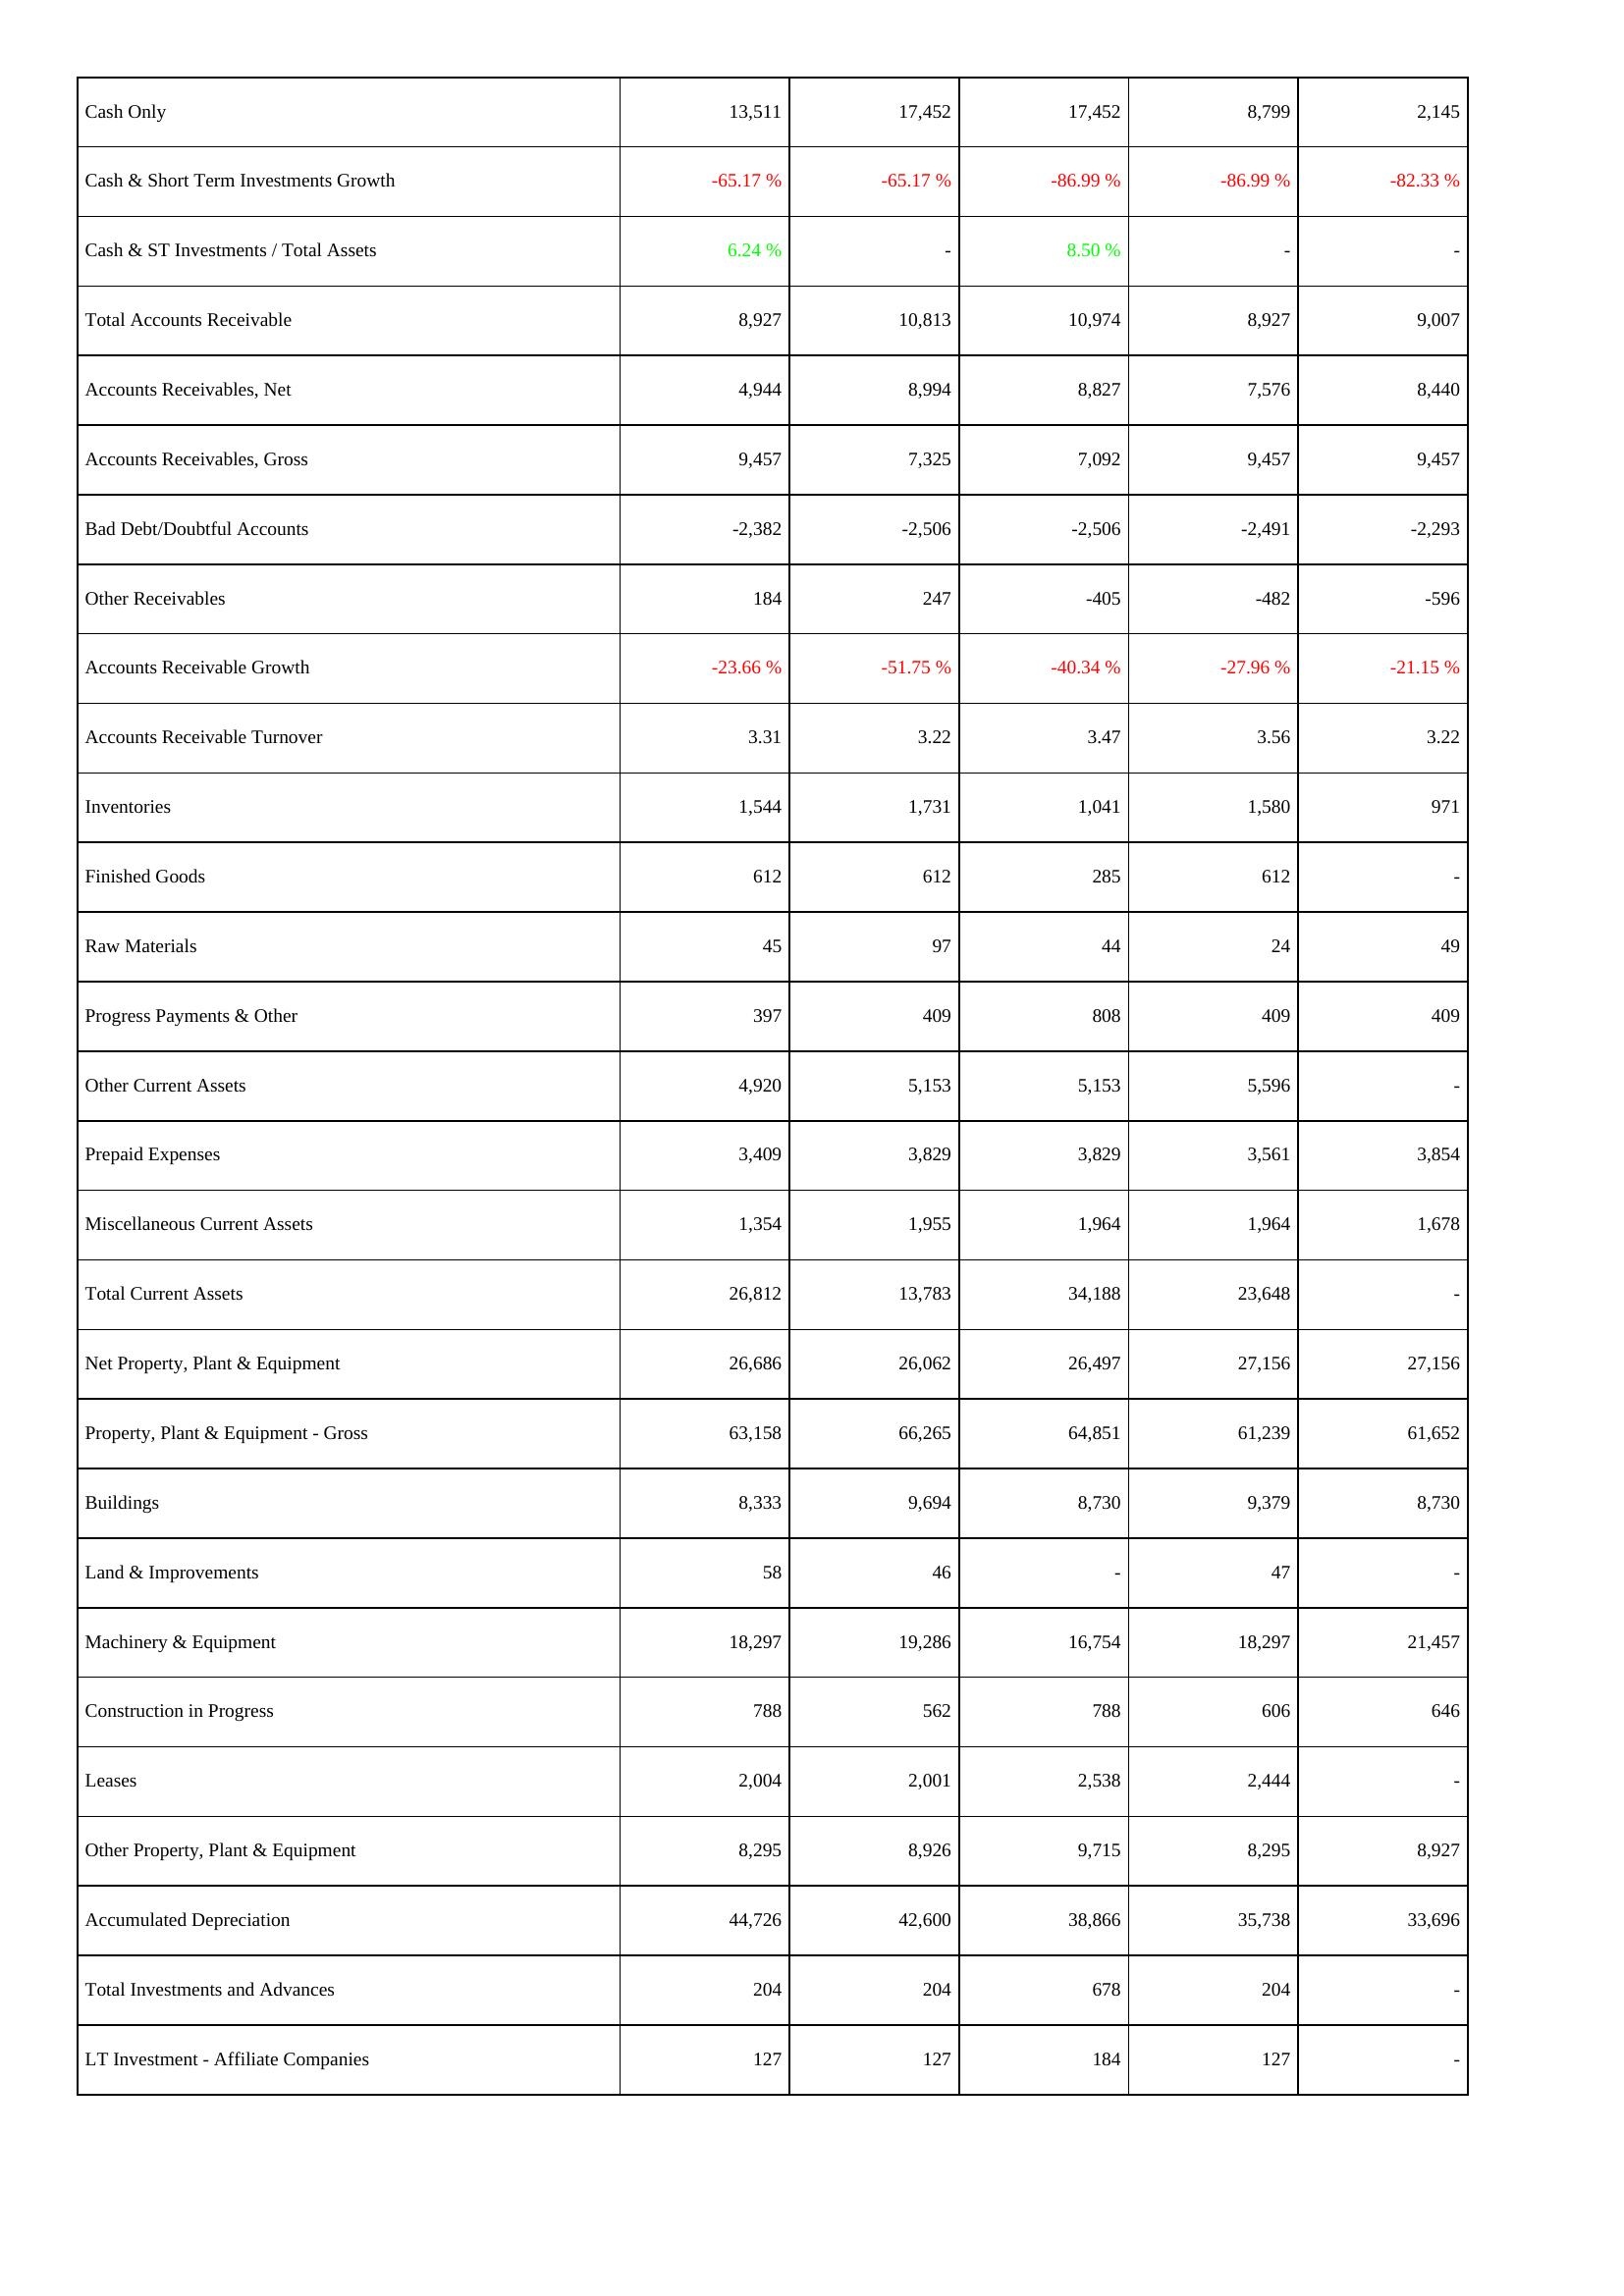
2013: Assets: Cash Only: 13,511
Cash & Short Term Investments Growth: -65.17 %
Cash & ST Investments / Total Assets: 6.24 %
Total Accounts Receivable: 8,927
Accounts Receivables, Net: 4,944
Accounts Receivables, Gross: 9,457
Bad Debt/Doubtful Accounts: -2,382
Other Receivables: 184
Accounts Receivable Growth: -23.66 %
Accounts Receivable Turnover: 3.31
Inventories: 1,544
Finished Goods: 612
Raw Materials: 45
Progress Payments & Other: 397
Other Current Assets: 4,920
Prepaid Expenses: 3,409
Miscellaneous Current Assets: 1,354
Total Current Assets: 26,812
Net Property, Plant & Equipment: 26,686
Property, Plant & Equipment - Gross: 63,158
Buildings: 8,333
Land & Improvements: 58
Machinery & Equipment: 18,297
Construction in Progress: 788
Leases: 2,004
Other Property, Plant & Equipment: 8,295
Accumulated Depreciation: 44,726
Total Investments and Advances: 204
LT Investment - Affiliate Companies: 127
2014: Assets: Cash Only: 17,452
Cash & Short Term Investments Growth: -65.17 %
Cash & ST Investments / Total Assets: -
Total Accounts Receivable: 10,813
Accounts Receivables, Net: 8,994
Accounts Receivables, Gross: 7,325
Bad Debt/Doubtful Accounts: -2,506
Other Receivables: 247
Accounts Receivable Growth: -51.75 %
Accounts Receivable Turnover: 3.22
Inventories: 1,731
Finished Goods: 612
Raw Materials: 97
Progress Payments & Other: 409
Other Current Assets: 5,153
Prepaid Expenses: 3,829
Miscellaneous Current Assets: 1,955
Total Current Assets: 13,783
Net Property, Plant & Equipment: 26,062
Property, Plant & Equipment - Gross: 66,265
Buildings: 9,694
Land & Improvements: 46
Machinery & Equipment: 19,286
Construction in Progress: 562
Leases: 2,001
Other Property, Plant & Equipment: 8,926
Accumulated Depreciation: 42,600
Total Investments and Advances: 204
LT Investment - Affiliate Companies: 127
2015: Assets: Cash Only: 17,452
Cash & Short Term Investments Growth: -86.99 %
Cash & ST Investments / Total Assets: 8.50 %
Total Accounts Receivable: 10,974
Accounts Receivables, Net: 8,827
Accounts Receivables, Gross: 7,092
Bad Debt/Doubtful Accounts: -2,506
Other Receivables: -405
Accounts Receivable Growth: -40.34 %
Accounts Receivable Turnover: 3.47
Inventories: 1,041
Finished Goods: 285
Raw Materials: 44
Progress Payments & Other: 808
Other Current Assets: 5,153
Prepaid Expenses: 3,829
Miscellaneous Current Assets: 1,964
Total Current Assets: 34,188
Net Property, Plant & Equipment: 26,497
Property, Plant & Equipment - Gross: 64,851
Buildings: 8,730
Land & Improvements: -
Machinery & Equipment: 16,754
Construction in Progress: 788
Leases: 2,538
Other Property, Plant & Equipment: 9,715
Accumulated Depreciation: 38,866
Total Investments and Advances: 678
LT Investment - Affiliate Companies: 184
2016: Assets: Cash Only: 8,799
Cash & Short Term Investments Growth: -86.99 %
Cash & ST Investments / Total Assets: -
Total Accounts Receivable: 8,927
Accounts Receivables, Net: 7,576
Accounts Receivables, Gross: 9,457
Bad Debt/Doubtful Accounts: -2,491
Other Receivables: -482
Accounts Receivable Growth: -27.96 %
Accounts Receivable Turnover: 3.56
Inventories: 1,580
Finished Goods: 612
Raw Materials: 24
Progress Payments & Other: 409
Other Current Assets: 5,596
Prepaid Expenses: 3,561
Miscellaneous Current Assets: 1,964
Total Current Assets: 23,648
Net Property, Plant & Equipment: 27,156
Property, Plant & Equipment - Gross: 61,239
Buildings: 9,379
Land & Improvements: 47
Machinery & Equipment: 18,297
Construction in Progress: 606
Leases: 2,444
Other Property, Plant & Equipment: 8,295
Accumulated Depreciation: 35,738
Total Investments and Advances: 204
LT Investment - Affiliate Companies: 127
2017: Assets: Cash Only: 2,145
Cash & Short Term Investments Growth: -82.33 %
Cash & ST Investments / Total Assets: -
Total Accounts Receivable: 9,007
Accounts Receivables, Net: 8,440
Accounts Receivables, Gross: 9,457
Bad Debt/Doubtful Accounts: -2,293
Other Receivables: -596
Accounts Receivable Growth: -21.15 %
Accounts Receivable Turnover: 3.22
Inventories: 971
Finished Goods: -
Raw Materials: 49
Progress Payments & Other: 409
Other Current Assets: -
Prepaid Expenses: 3,854
Miscellaneous Current Assets: 1,678
Total Current Assets: -
Net Property, Plant & Equipment: 27,156
Property, Plant & Equipment - Gross: 61,652
Buildings: 8,730
Land & Improvements: -
Machinery & Equipment: 21,457
Construction in Progress: 646
Leases: -
Other Property, Plant & Equipment: 8,927
Accumulated Depreciation: 33,696
Total Investments and Advances: -
LT Investment - Affiliate Companies: -